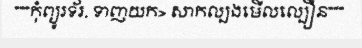
"""កុំព្យូរទ័រ, ទាញយក> សាកល្បងមើលល្បឿន"""